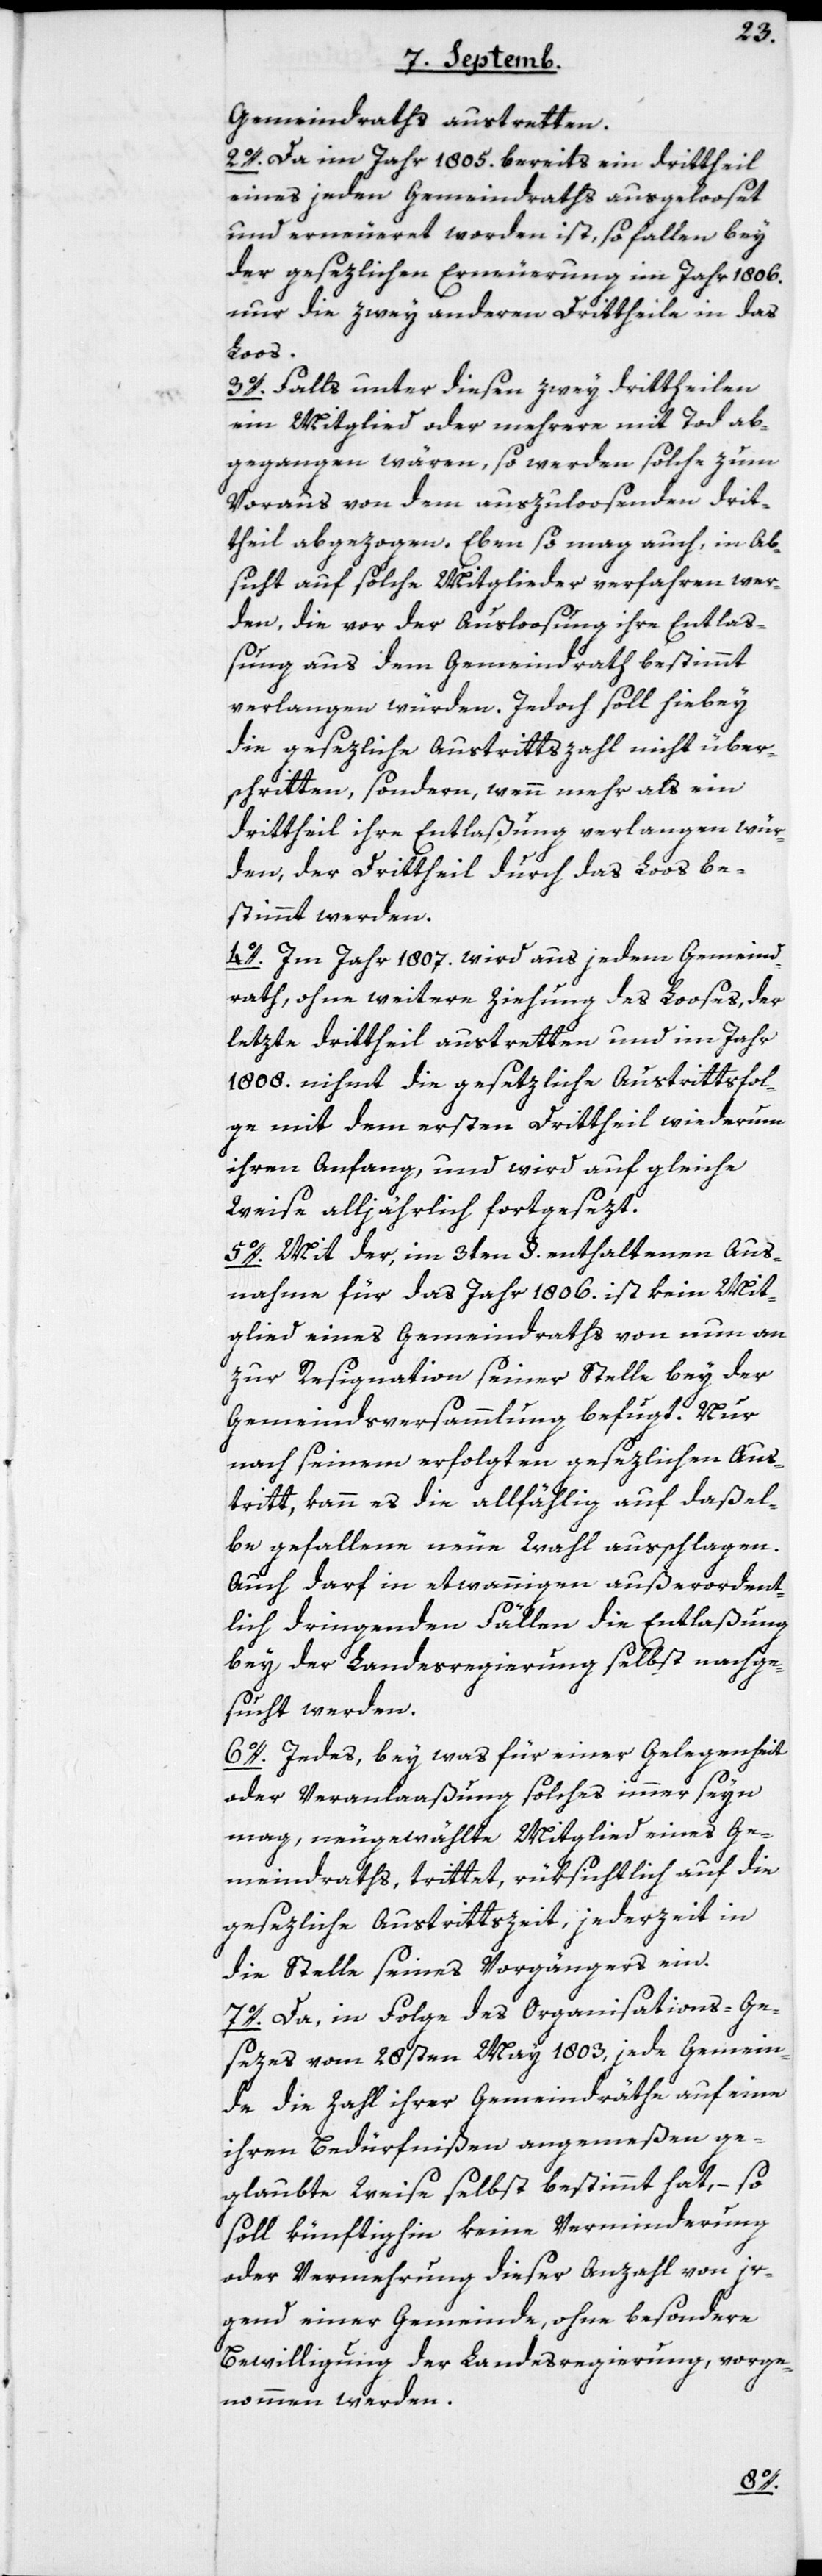
Gemeindraths austretten.
2o. Da im Jahr 1805. bereits ein drittheil
eines jeden Gemeindraths ausgelooset
und erneuert worden ist, so fallen bey
der gesezlichen Erneuerung im Jahr 1806.
nur die zwey anderen Drittheile in das
Loos.
3o. Falls unter diesen zwey drittheilen
ein Mitglied oder mehrere mit Tod ab¬
gegangen wären, so werden solche zum
Voraus von dem auszuloosenden drit¬
theil abgezogen. Ebenso mag auch, in Ab¬
sicht auf solche Mitglieder verfahren wer¬
den, die vor der Ausloosung ihre Entlaß¬
ung aus dem Gemeindrath bestimmt
verlangen würden. Jedoch soll hiebey
die gesezliche Austrittszahl nicht über¬
schritten, sondern, wenn mehr als ein
Drittheil ihre Entlaßung verlangen wür¬
den, der Drittheil durch das Loos be¬
stimmt werden.
4o. Im Jahr 1807. wird aus jedem Gemeind¬
rath, ohne weitere Ziehung des Looses, der
letzte drittheil austretten und im Jahr
1808. nihmt die gesetzliche Austrittsfol¬
ge mit dem ersten Drittheil wiederum
ihren Anfang und wird auf gleiche
Weise alljährlich fortgesezt.
5o. Mit der, im 3ten §. enthaltenen Aus¬
nahme für das Jahr 1806. ist kein Mit¬
glied eines Gemeindraths von nun an
zur Resignation seiner Stelle bey der
Gemeindsversammlung befugt. Nur
nach seinem erfolgten gesezlichen Aus¬
tritt, kann es die allfählig auf daßel¬
be gefallene neue Wahl ausschlagen.
Auch darf in etwannigen außerordent¬
lich dringenden Fällen die Entlaßung
bey der Landesregierung selbst nachge¬
sucht werden.
6o. Jedes, bey was für einer Gelegenheit
oder Veranlaaßung solches immer seyn
mag, neugewählte Mitglied eines Ge¬
meindraths, trittet, rüksichtlich auf die
gesezliche Austrittszeit, jederzeit in
die Stelle seines Vorgängers ein.
7o. Da, in Folge des Organisations-Ge¬
sezes vom 28sten May 1803, jede Gemein¬
de die Zahl ihrer Gemeindräthe auf eine
ihren Bedürfnißen angemeßen ge¬
glaubte Weise selbst bestimmt hat, – so
soll künftighin keine Verminderung
oder Vermehrung dieser Anzahl von ir¬
gend einer Gemeinde, ohne besondere
Bewilligung der Landesregierung vorge¬
nommen werden.